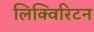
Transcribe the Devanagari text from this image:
लिक्विरिटन